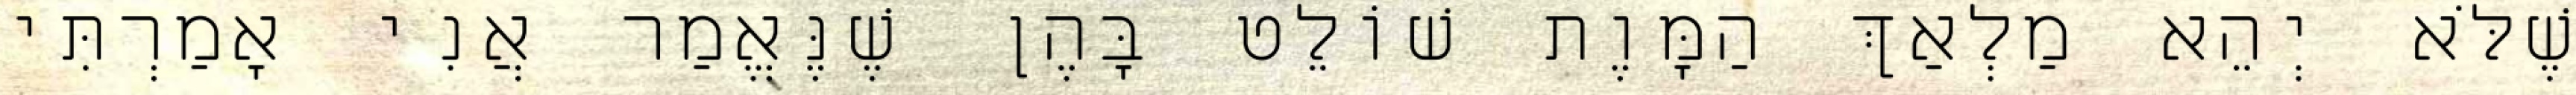
שֶׁלֹּא יְהֵא מַלְאַךְ הַמָּוֶת שׁוֹלֵט בָּהֶן שֶׁנֶּאֱמַר אֲנִי אָמַרְתִּי